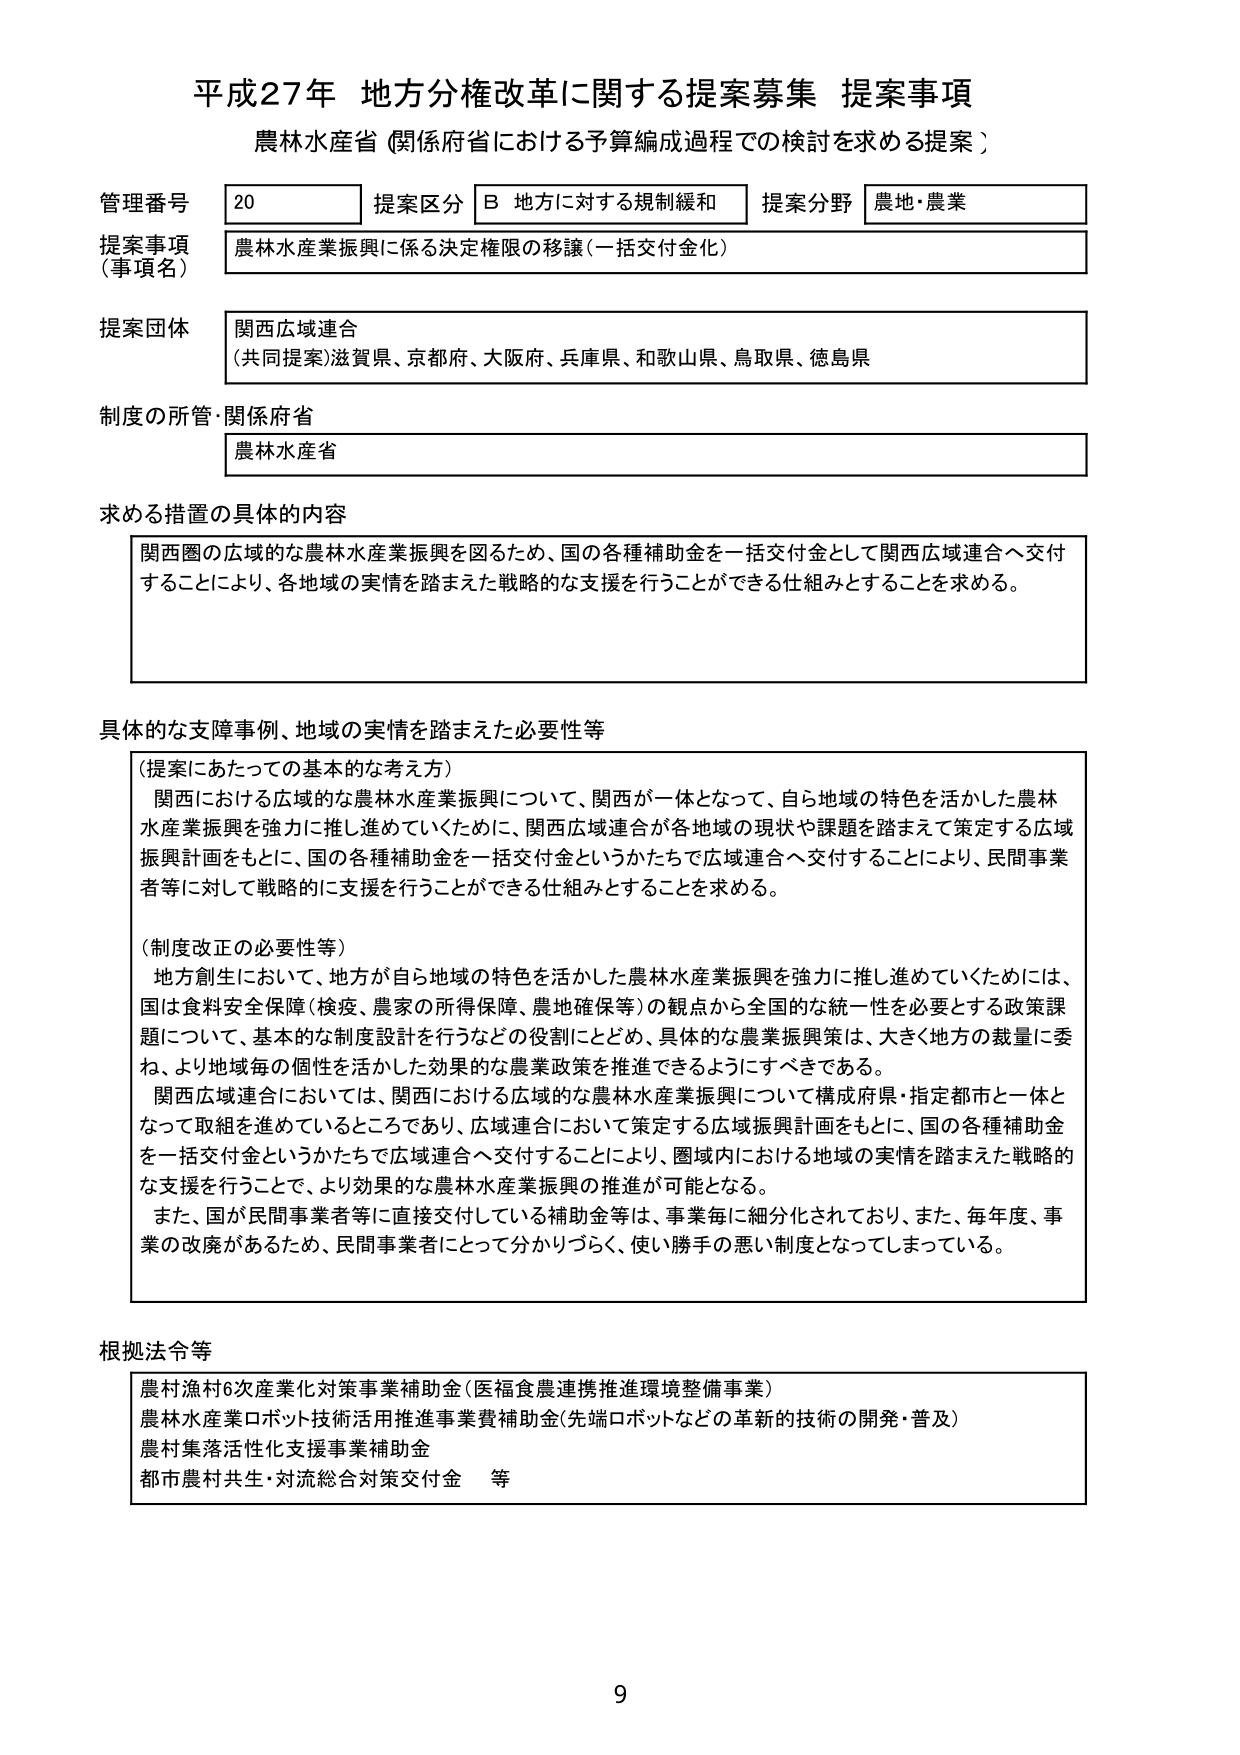
平成27年 地方分権改革に関する提案募集 提案事項
農林水産省（関係府省における予算編成過程での検討を求める提案）

管理番号 20
提案区分 B 地方に対する規制緩和
提案分野 農地・農業

提案事項（事項名）
農林水産業振興に係る決定権限の移譲（一括交付金化）

提案団体
関西広域連合
（共同提案）滋賀県、京都府、大阪府、兵庫県、和歌山県、鳥取県、徳島県

制度の所管・関係府省
農林水産省

求める措置の具体的内容
関西圏の広域的な農林水産業振興を図るため、国の各種補助金を一括交付金として関西広域連合へ交付することにより、各地域の実情を踏まえた戦略的な支援を行うことができる仕組みとすることを求める。

具体的な支援事例、地域の実情を踏まえた必要性等
（提案にあたっての基本的な考え方）
関西における広域的な農林水産業振興について、関西が一体となって、自ら地域の特色を活かした農林水産業振興を強力に推し進めていくために、関西広域連合が各地域の現状や課題を踏まえて策定する広域振興計画をもとに、国の各種補助金を一括交付金というかたちで広域連合へ交付することにより、民間事業者等に対して戦略的に支援を行うことができる仕組みとすることを求める。

（制度改正の必要性等）
地方創生において、地方が自ら地域の特色を活かした農林水産業振興を強力に推し進めていくためには、国は食料安全保障（検疫、農家の所得保障、農地確保等）の観点から全国的な統一性を必要とする政策課題について、基本的な制度設計を行うなどの役割にとどめ、具体的な農業振興策は、大きく地方の裁量に委ね、より地域毎の個性を活かした効果的な農業政策を推進できるようにすべきである。
関西広域連合においては、関西における広域的な農林水産業振興について構成府県・指定都市と一体となって取組を進めているところであり、広域連合において策定する広域振興計画をもとに、国の各種補助金を一括交付金というかたちで広域連合へ交付することにより、圏域内における地域の実情を踏まえた戦略的な支援を行うことで、より効果的な農林水産業振興の推進が可能となる。
また、国が民間事業者等に直接交付している補助金等は、事業毎に細分化されており、また、毎年度、事業の改廃があるため、民間事業者にとって分かりづらく、使い勝手の悪い制度となってしまっている。

根拠法令等
農村漁村6次産業化対策事業補助金（医福食農連携推進環境整備事業）
農林水産業ロボット技術活用推進事業費補助金（先端ロボットなどの革新的技術の開発・普及）
農村集落活性化支援事業補助金
都市農村共生・対流総合対策交付金　等

9